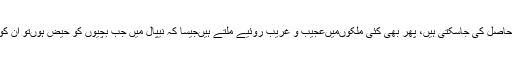
آج کل کے ماڈرن زمانے میں جب کہ سائنسی اور میڈیکل معلومات عام بھی ہیں‌اور آسانی سے حاصل کی جاسکتی ہیں، پھر ‌بھی کئی ملکوں‌میں‌عجیب و غریب روئیے ملتے ہیں‌جیسا کہ نیپال میں‌ جب بچیوں‌ کو حیض ہوں‌تو ان کو گھر سے باہر ایک جھونپڑی میں‌ بھیج دیتے ہیں‌ جہاں‌اکثر جنگلی جانور ان پر حملہ کرتے ہیں۔